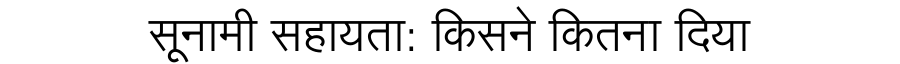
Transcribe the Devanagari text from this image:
सूनामी सहायता: किसने कितना दिया